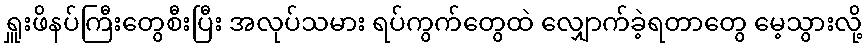
ရှူးဖိနပ်ကြီးတွေစီးပြီး အလုပ်သမား ရပ်ကွက်တွေထဲ လျှောက်ခဲ့ရတာတွေ မေ့သွားလို့